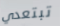
تبتعدي